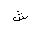
Letter: _shin